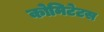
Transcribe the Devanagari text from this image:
कोमिटेटस